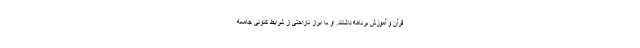
قرآن و آموزش برنامه داشتند. او با ابراز ناراحتی از شرایط کنونی جامعه